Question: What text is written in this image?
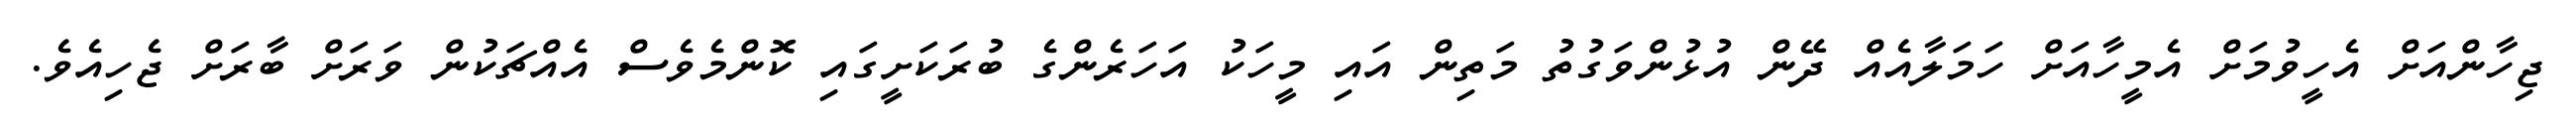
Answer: ޖިހާންއަށް އެހީވުމަށް އެމީހާއަށް ހަމަލާއެއް ދޭން އުޅުންވަގުތު މަތިން އައި މީހަކު އަހަރެންގެ ބުރަކަށީގައި ކޮންމެވެސް އެއްޗަކުން ވަރަށް ބާރަށް ޖެހިއެވެ.